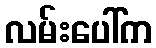
လမ်းပေါ်က